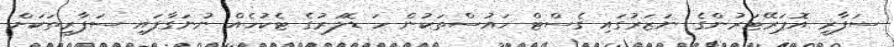
ސަފާރީ އޮޕަރޭޓަރުންގެ ނަޒަރުގައި ގެސްޓް ހައުސްތަކުން ހަ ޑޮލަރުގެ ޓެކުހެއް ނުނަގާފައި ސަފާރީތަކަށް